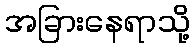
အခြားနေရာသို့